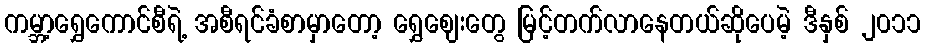
ကမ္ဘာ့ရွှေကောင်စီရဲ့ အစီရင်ခံစာမှာတော့ ရွှေဈေးတွေ မြင့်တက်လာနေတယ်ဆိုပေမဲ့ ဒီနှစ် ၂၀၁၁